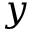
y